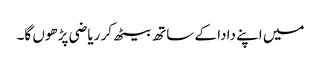
میں اپنے دادا کے ساتھ بیٹھ کر ریاضی پڑھوں گا۔